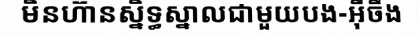
មិនហ៊ានស្និទ្ធស្នាលជាមួយបង-អ៊ីចឹង